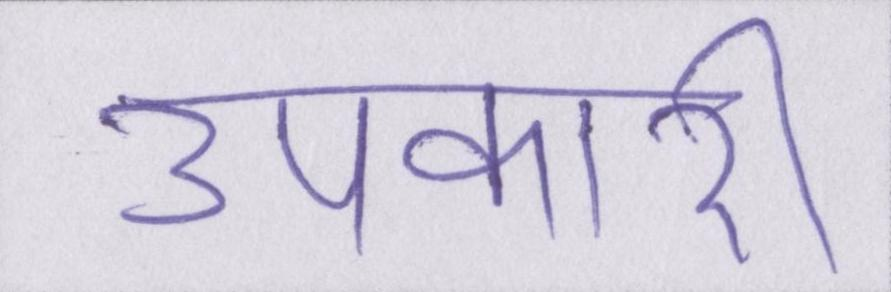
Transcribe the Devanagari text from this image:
उपकारी